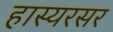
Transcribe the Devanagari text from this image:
हास्यरसर